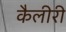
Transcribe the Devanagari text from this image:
कैलीरी